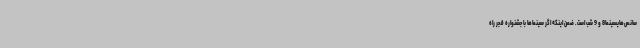
سانس‌هایسینما8 و 9 شب است. ضمن اینکه اگر سینماها با جشنواره فجر راه